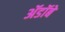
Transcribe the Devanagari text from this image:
ॲडॉबे